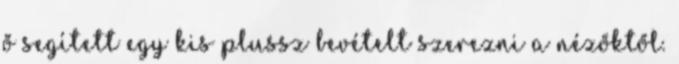
ő segített egy kis plussz bevételt szerezni a nézőktől.